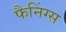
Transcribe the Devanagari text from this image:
फैनिंग्स